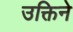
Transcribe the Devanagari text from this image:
उक्तिने